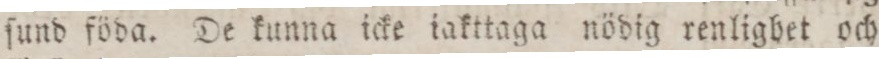
ſund föda. De kunna icke iakttaga nödig renligbet och